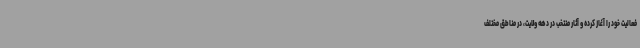
فعالیت خود را آغاز کرده و آثار منتخب در دهه ولایت، در مناطق مختلف